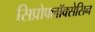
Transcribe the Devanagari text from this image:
सिप्रोफ्लॉक्सेसिन